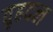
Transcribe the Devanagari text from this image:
वृहदल